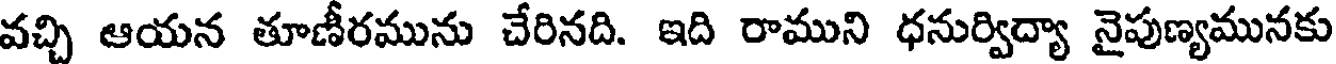
వచ్చి ఆయన తూణీరమును చేరినది. ఇది రాముని ధనుర్విద్యా నైపుణ్యమునకు